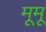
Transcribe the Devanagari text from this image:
मूमू